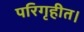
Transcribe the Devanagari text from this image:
परिगृहीत।